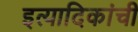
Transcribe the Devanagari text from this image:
इत्यादिकांची